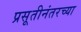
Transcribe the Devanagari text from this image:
प्रसूतीनंतरच्या